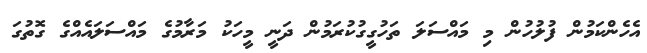
އެހެންކަމުން ފުލުހުން މި މައްސަލަ ތަހުގީގުކުރަމުން ދަނީ މީހަކު މަރާމުގެ މައްސަލައެއްގެ ގޮތުގަ